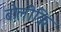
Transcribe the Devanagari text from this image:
बोलीकि